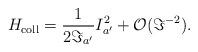
LaTeX: \begin{align*}H_{\rm coll} = \frac{1}{2 \Im_{a'}} I_{a'}^2 + {\cal O}(\Im^{-2}) .\end{align*}